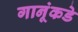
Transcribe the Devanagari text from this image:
गानूंकडे